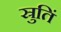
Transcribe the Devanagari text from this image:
स्रुतिं